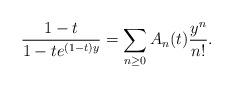
LaTeX: \begin{align*} \dfrac{1-t}{1-te^{(1-t)y}}= \sum_{n\ge0}A_n(t)\dfrac{y^n}{n!}. \end{align*}